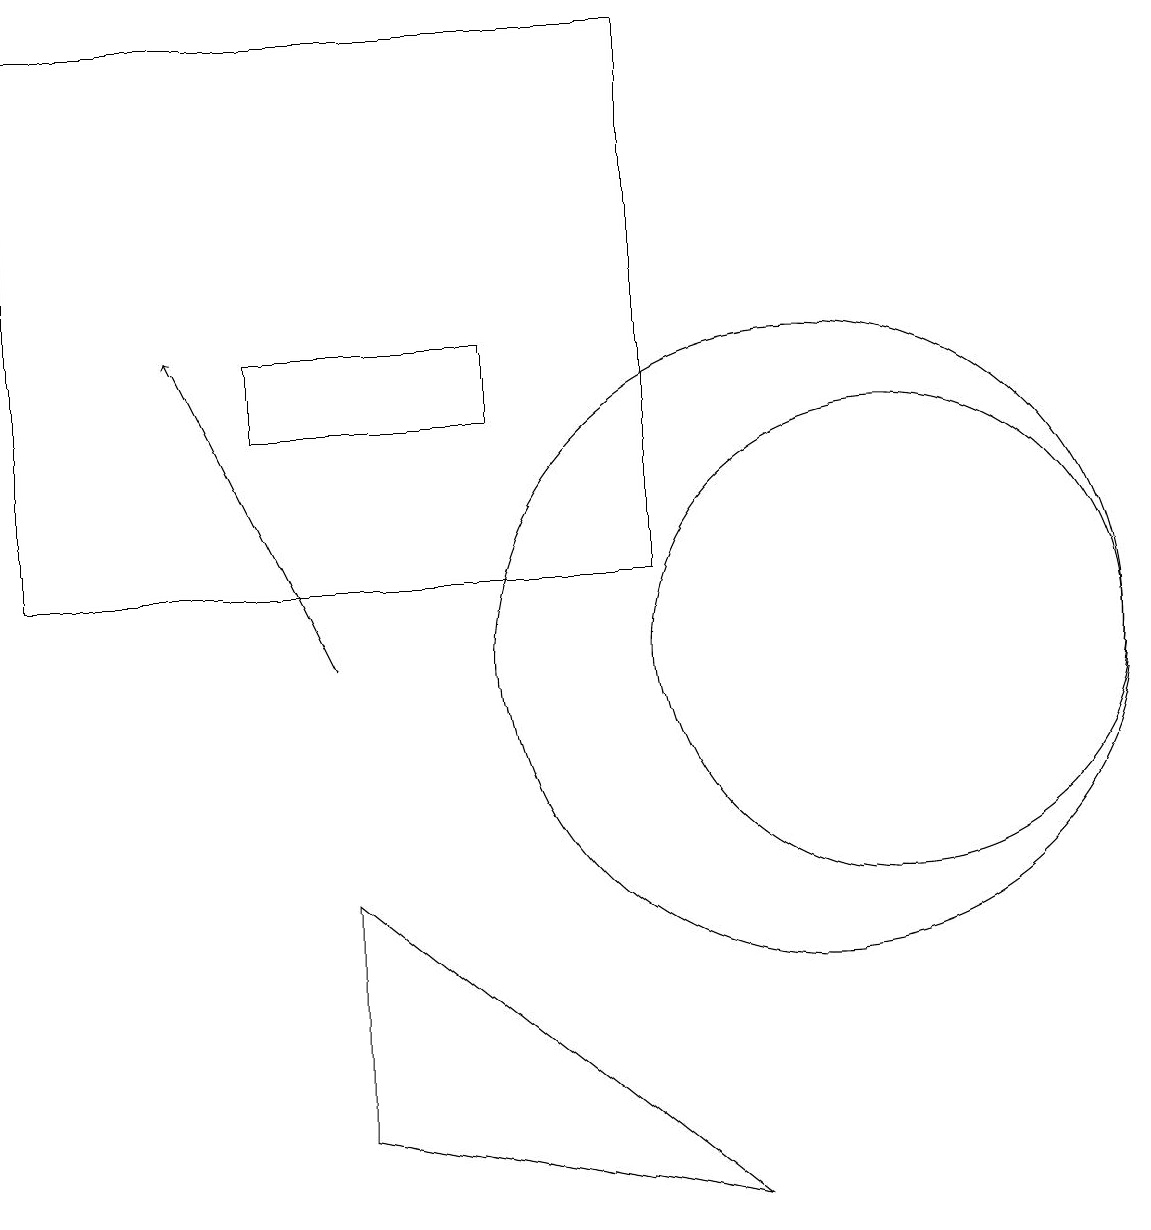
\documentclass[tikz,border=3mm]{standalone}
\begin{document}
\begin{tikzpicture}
\draw (4,4) -- (9,3) -- (4,7) -- cycle;
\draw (3,14) rectangle (6,13);
\draw (11,10) circle (3);
\draw[->] (4,10) -- (2,14);
\draw (10,10) circle (4);
\draw (0,18) rectangle (8,11);
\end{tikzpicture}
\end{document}